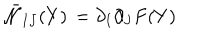
LaTeX: \bar { \cal N } _ { I J } ( Y ) \, = \partial _ { I } \partial _ { J } F ( Y )